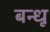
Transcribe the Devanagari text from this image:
बन्धू